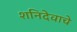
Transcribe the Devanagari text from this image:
शनिदेवाचे